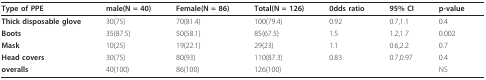
<table><thead><tr><td><b>Type of PPE</b></td><td><b>male(N = 40)</b></td><td><b>Female(N = 86)</b></td><td><b>Total(N = 126)</b></td><td><b>0dds ratio</b></td><td><b>95% CI</b></td><td><b>p-value</b></td></tr></thead><tbody><tr><td><b>Thick disposable glove</b></td><td>30(75)</td><td>70(81.4)</td><td>100(79.4)</td><td>0.92</td><td>0.7,1.1</td><td>0.4</td></tr><tr><td><b>Boots</b></td><td>35(87.5)</td><td>50(58.1)</td><td>85(67.5)</td><td>1.5</td><td>1.2,1.7</td><td>0.002</td></tr><tr><td><b>Mask</b></td><td>10(25)</td><td>19(22.1)</td><td>29(23)</td><td>1.1</td><td>0.6,2.2</td><td>0.7</td></tr><tr><td><b>Head covers</b></td><td>30(75)</td><td>80(93)</td><td>110(87.3)</td><td>0.83</td><td>0.7,0.97</td><td>0.4</td></tr><tr><td><b>overalls</b></td><td>40(100)</td><td>86(100)</td><td>126(100)</td><td></td><td></td><td>NS</td></tr></tbody></table>